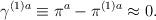
LaTeX: \begin{align*}\gamma ^{(1)a}\equiv \pi ^a-\pi ^{(1)a}\approx 0.\end{align*}